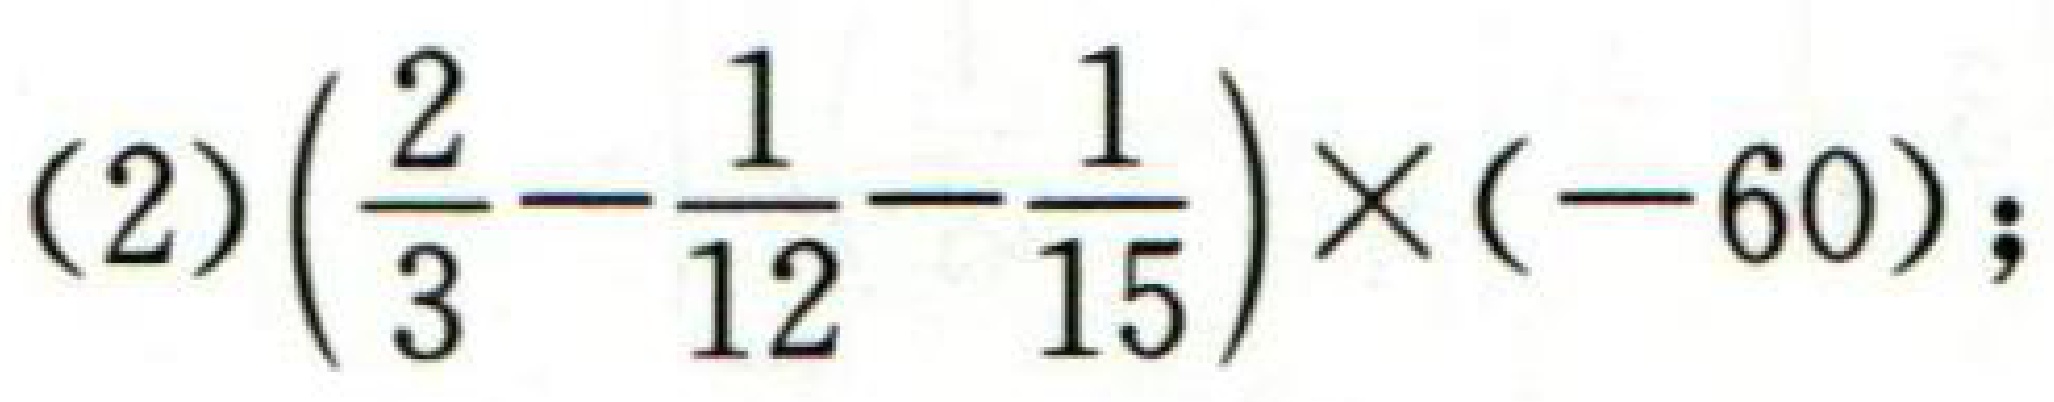
(2)$\left(\dfrac{2}{3}-\dfrac{1}{12}-\dfrac{1}{15}\right)\times(-60)$;